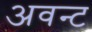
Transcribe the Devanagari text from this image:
अवन्ट